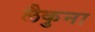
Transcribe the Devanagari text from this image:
लैकुना